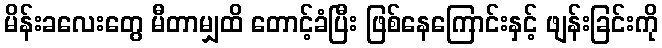
မိန်းခလေးတွေ မီတာမျှထိ တောင့်ခံပြီး ဖြစ်နေကြောင်းနှင့် ဖျန်းခြင်းကို